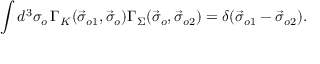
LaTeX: \int d ^ { 3 } \sigma _ { o } \, \Gamma _ { K } ( \vec { \sigma } _ { o 1 } , \vec { \sigma } _ { o } ) \Gamma _ { \Sigma } ( \vec { \sigma } _ { o } , \vec { \sigma } _ { o 2 } ) = \delta ( \vec { \sigma } _ { o 1 } - \vec { \sigma } _ { o 2 } ) .